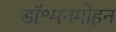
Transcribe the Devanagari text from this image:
डॉ॰मनमोहन